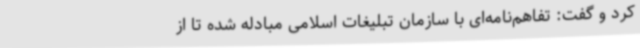
کرد و گفت: تفاهم‌نامه‌ای با سازمان تبلیغات اسلامی مبادله شده تا از